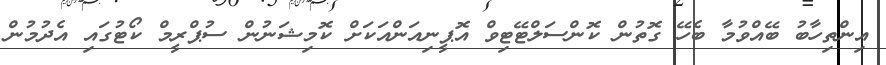
އިންތިހާބު ބޭއްވުމާ ބެހޭ ގޮތުން ކޮންސަލްޓޭޓިވް އޮޕީނިއަންއަކަށް ކޮމިޝަނުން ސުޕްރީމް ކޯޓުގައި އެދުމުން